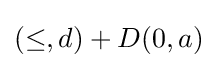
(\leq ,d)+D(0,a)